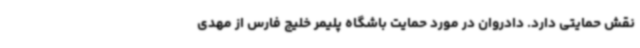
نقش حمایتی دارد. دادروان در مورد حمایت باشگاه پلیمر خلیج فارس از مهدی